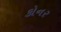
કોનર